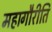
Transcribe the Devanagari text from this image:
महागौरीति